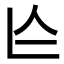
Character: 𠆦